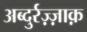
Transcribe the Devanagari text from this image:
अब्दुर्रज़्ज़ाक़